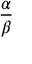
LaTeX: \frac { \alpha } { \beta }